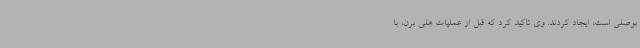
بوصلی است، ایجاد کردند. وی تاکید کرد که قبل از عملیات هلی برن، با